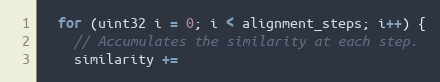
Language: C++
  for (uint32 i = 0; i < alignment_steps; i++) {
    // Accumulates the similarity at each step.
    similarity +=